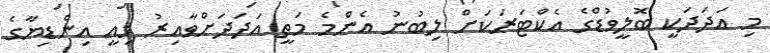
މި އަދަދަކީ ބޮލީވުޑްގެ އެކްޓަރަކަށް ލިބުނު އެންމެ މަތީ އަދަދަށްވާއިރު މިއީ އިންޑިޔާގެ